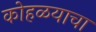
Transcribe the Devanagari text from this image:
कोहळयाचा